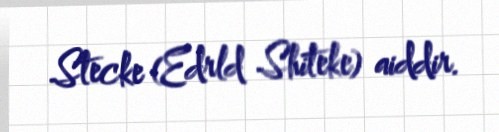
Stecke (Edrld Shiteke) aiddir.